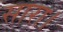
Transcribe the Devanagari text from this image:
सारा।